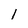
Character: 1